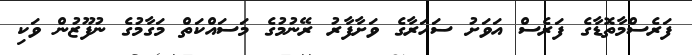
ފަރެސްމާތޮޑާގެ ފަރެސް އަވަށު ސަހަރާގެ ވަށާފާރު ރޭނުމުގެ މަސައްކަތް މަގާމުގެ ނުފޫޒުން ވަކި